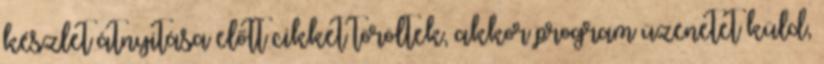
készlet átnyitása előtt cikket töröltek, akkor program üzenetet küld,